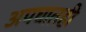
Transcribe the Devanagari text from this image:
अपघातही